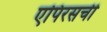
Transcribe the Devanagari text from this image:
एपिरसची